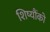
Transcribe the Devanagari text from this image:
शिष्यौंको